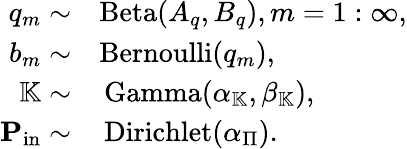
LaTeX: \begin{array}{rl}{q_{m}\sim}&{{}\mathrm{Beta}(A_{q},B_{q}),m=1:\infty,}\\ {b_{m}\sim}&{{}\mathrm{Bernoulli}(q_{m}),}\\ {\mathbb{K}\sim}&{{}\, \mathrm{Gamma}(\alpha_{\mathbb{K}},\beta_{\mathbb{K}}),}\\ {\mathbf{P}_{\mathrm{in}}\sim}&{{}\, \mathrm{Dirichlet}(\alpha_{\Pi}).}\end{array}